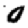
Digit: 0